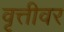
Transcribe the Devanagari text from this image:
वृत्तीवर